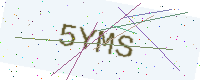
Text: 5YMS